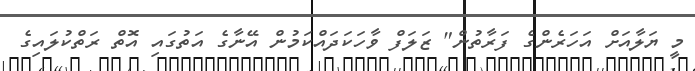
މީ ޔަލާއަށް އަހަރެންގެ ފަރާތުން" ޒަލަފް ވާހަކަދައްކަމުން އޭނާގެ އަތުގައި އޮތް ރަތްކުލައިގެ